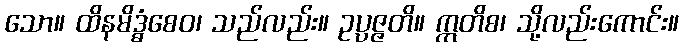
သော။ ထိနမိဒ္ဓံစေဝ၊ သည်လည်း။ ဥပ္ပဇ္ဇတိ။ ဣတိစ၊ သို့လည်းကောင်း။